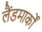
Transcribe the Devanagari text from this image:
लैंडमार्कों